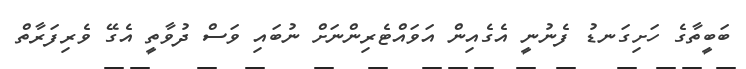
ބަބީތާގެ ހަށިގަނޑު ފެނުނީ އެގެއިން އަވައްޓެރިންނަށް ނުބައި ވަސް ދުވާތީ އެގޭ ވެރިފަރާތް